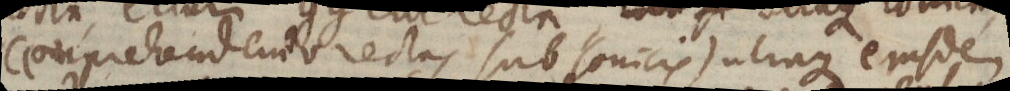
comprehendendo rectas sub conicis) utraque ejusdem